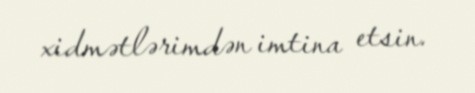
xidmətlərimdən imtina etsin.